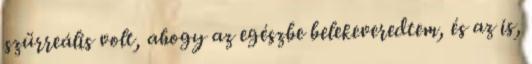
szürreális volt, ahogy az egészbe belekeveredtem, és az is,